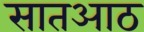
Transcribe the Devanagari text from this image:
सातआठ